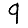
Digit: 9